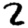
Digit: 2